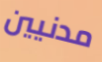
مدنيين